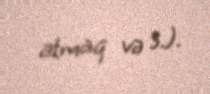
atmaq və s.).